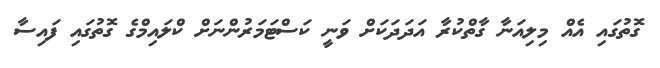
ގޮތުގައި އެއް މިލިއަނާ ގާތްކުރާ އަދަދަކަށް ވަނީ ކަސްޓަމަރުންނަށް ކްލައިމްގެ ގޮތުގައި ފައިސާ